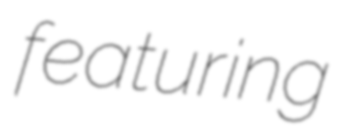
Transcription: featuring